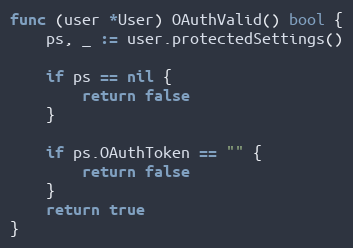
Language: Go
func (user *User) OAuthValid() bool {
	ps, _ := user.protectedSettings()

	if ps == nil {
		return false
	}

	if ps.OAuthToken == "" {
		return false
	}
	return true
}